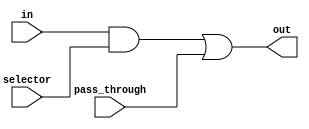
`timescale 1ns / 1ps
//////////////////////////////////////////////////////////////////////////////////
// Company: 
// Engineer: 
// 
// Design Name: 
// Module Name: CDC
// Project Name: 
// Target Devices: Nexys 4 (DDR)
// Tool Versions: 
// Description: Controled Delay Cell.
//				If selector is equal to one, the in signal passes through the AND
//				gate and gets fed to the OR gate.
// 				The OR gate, being the selector word a one-hot encoded word, has a
//				zero in the other input, letting that gate too pass the in signal
//				to the out port.
// 
// Dependencies: 
// 
// Revision:
// Revision 0.01 - File Created
// Additional Comments:
// 
//////////////////////////////////////////////////////////////////////////////////


module CDC(
    input selector,
    input in,
    input pass_through,
    output out
    );

	assign out = (in && selector) || pass_through;

endmodule